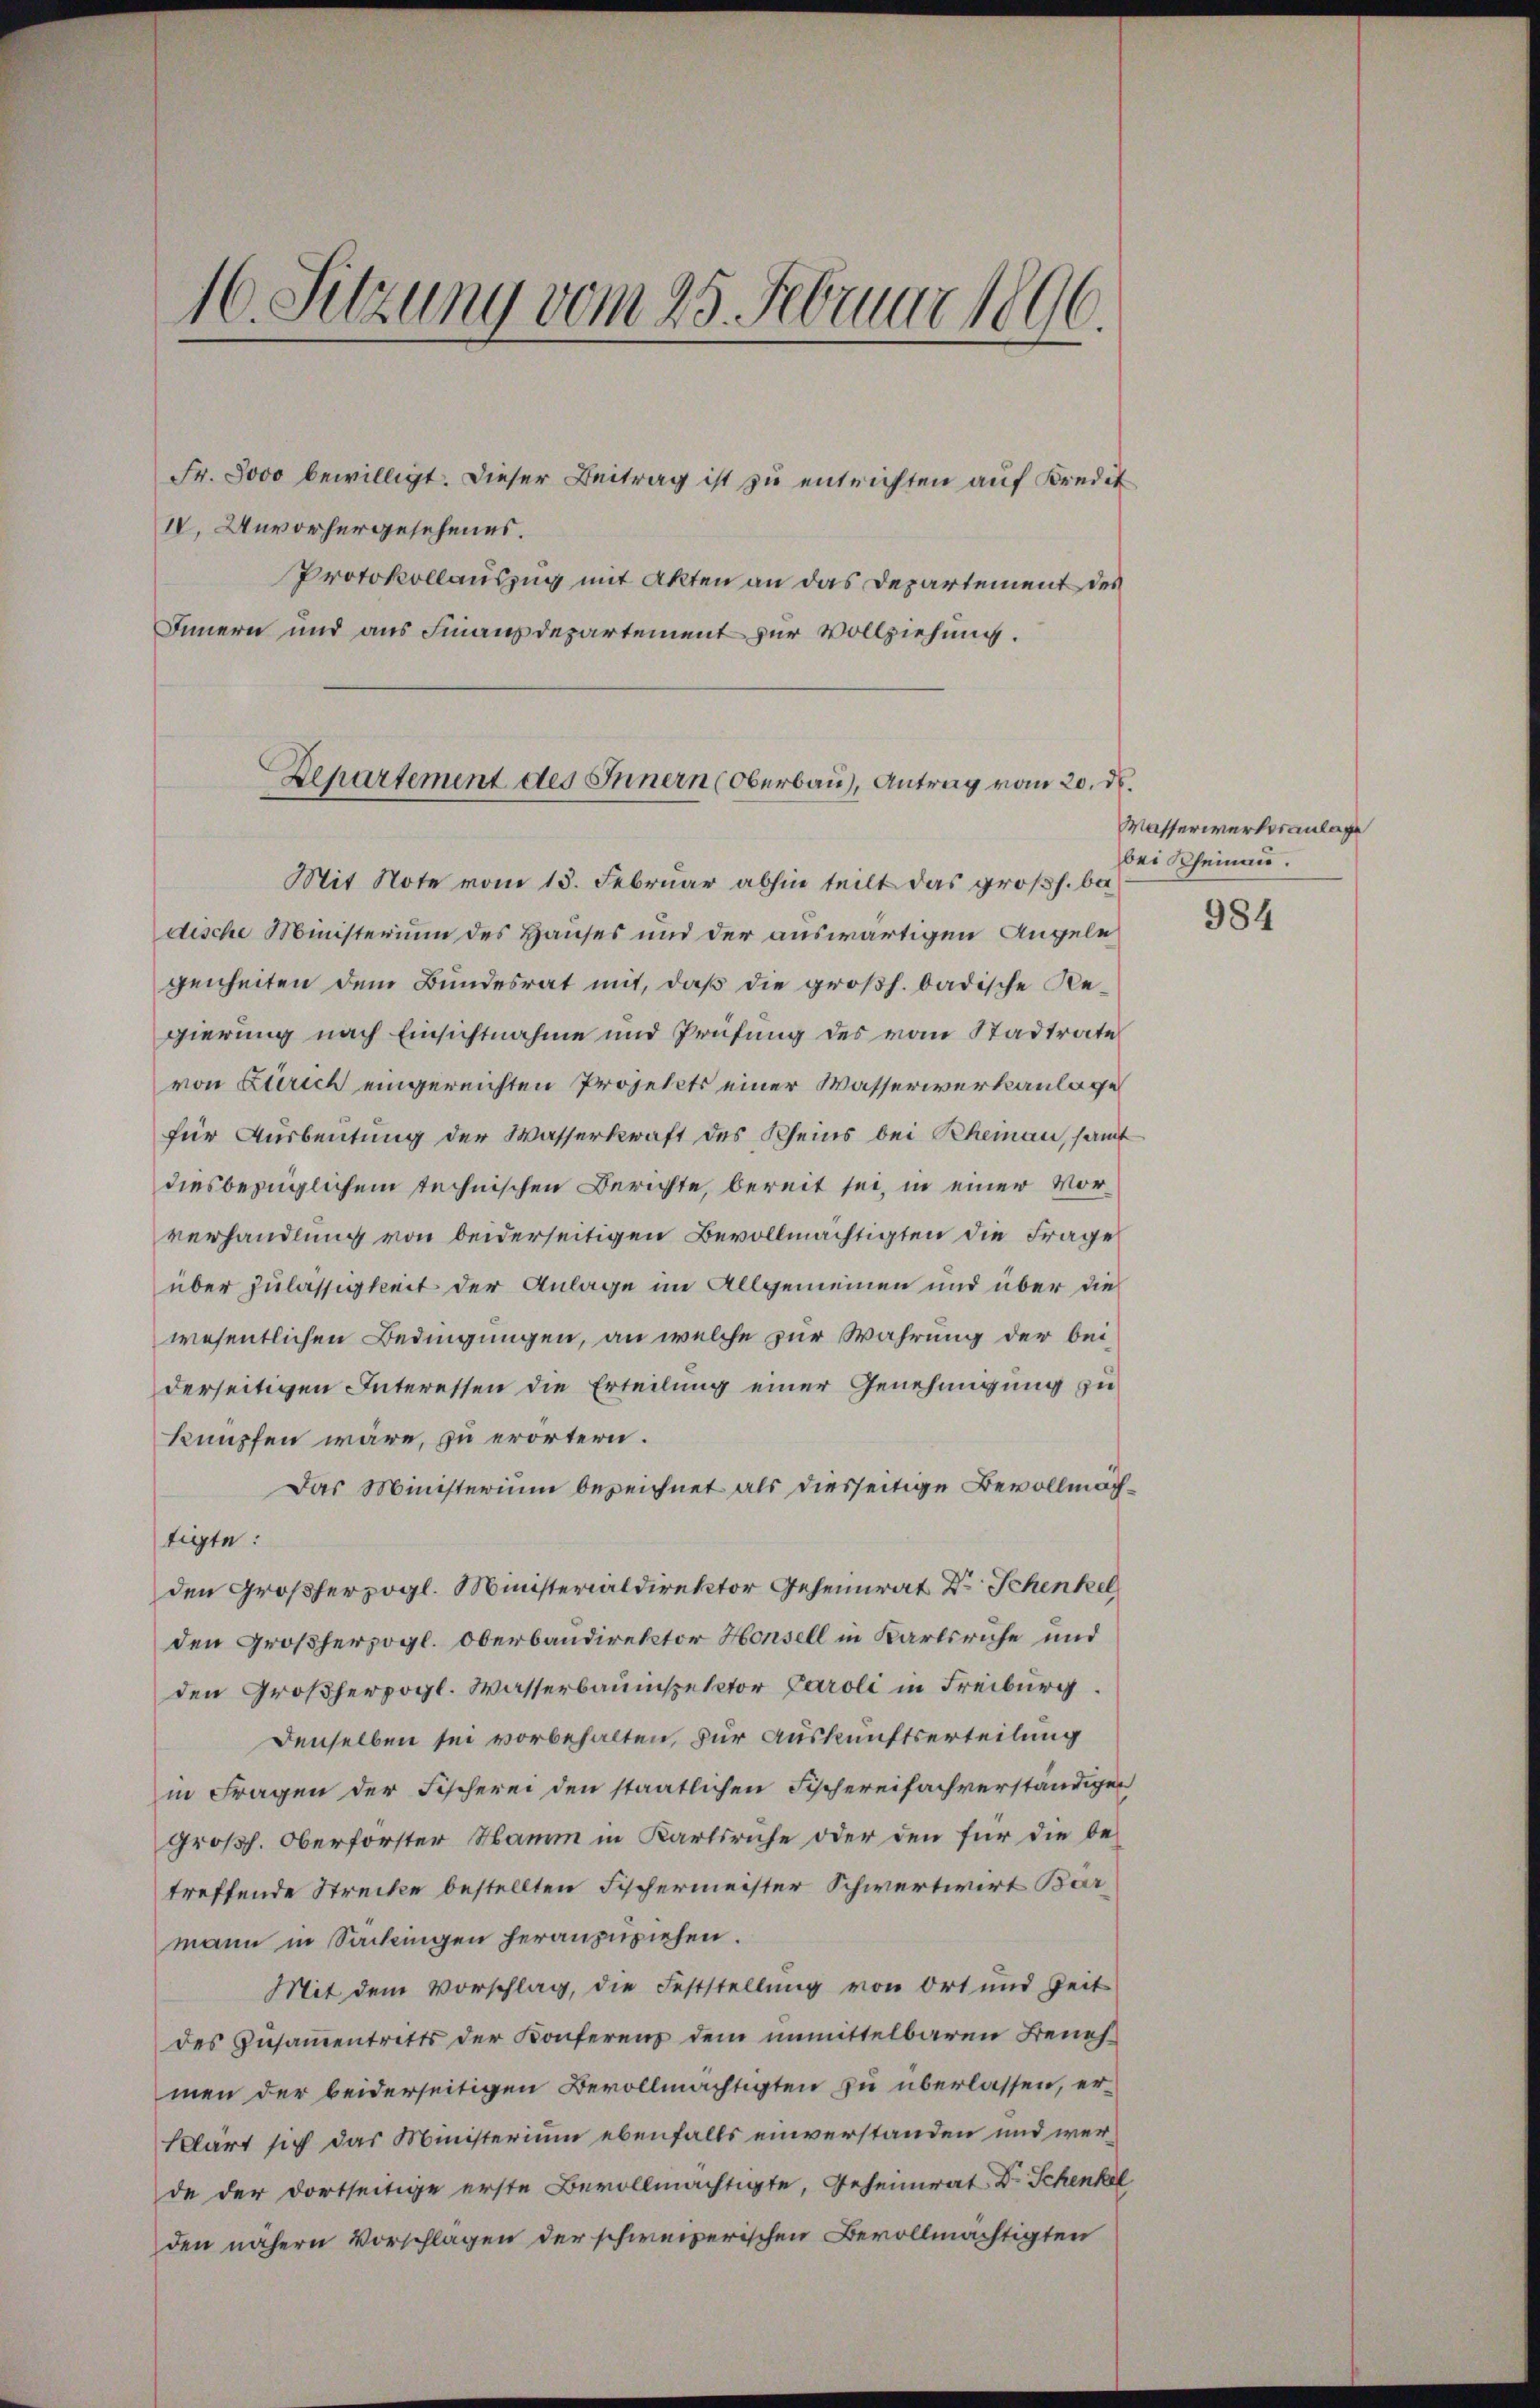
16. Sitzung vom 25. Februar 1896.

Fr. 8000 bewilligt. Dieser Beitrag ist zu entrichten auf Kredit
IV. Unvorhergesehenes.
Protokollauszug mit Akten an das Departement des
Innern und aus Finanzdepartement zur Vollziehung.

Departement des Innern (Oberbau), Antrag vom 20. d.

Mit Note vom 15. Februar abhin teilt das großh. ba
dische Ministerium des Hauses und der auswärtigen Angelegenheiten dem Bundesrat mit, daß die großh. badische Regierung nach Einsichtnahme und Prüfung des vom Stadtrate
von Zürich eingereichten Projekts einer Wasserwerkanlage
für Ausbeutung der Wasserkraft des Rheins bei Rehemann, samt
diesbezüglichem technischen Berichte, bereit sei, in einer Vorverhandlung von beiderseitigen Bevollmächtigten die Frage
über zulässigkeit der Anlage im Allgemeinen und über die
wesentlichen Bedingungen, an welche zur Wahrung der bei-
derseitigen Interessen die Erteilung einer Genehmigung zu
knüpfen wäre, zu erörtern.
Das Ministerium bezeichnet als diesseitige Bevollmachtigte:
den Großherzogl. Ministerialdirektor Geheimrat Dr Schenkel
den Großherzogl. Oberbandirektor Honsell in Karlsruhe und
den Großherzogl. Wasserbauinspektor Caroli in Freiburg.
Denselben sei vorbehalten, zur Auskunftserteilung
in Fragen der Fischerei den staatlichen Fischereifachverständigen
großh. Oberforster Namm in Karlsriche oder den für die betreffende Strecke bestellten Fischermeister Schwertwirt Bar
mann in Sachingen herauswiesen.
Mit dem Vorschlag, die Feststellung von Ort und Zeit
des Zusammentritts der Konferenz dem unmittelbaren Benehmen der beiderseitigen Bevollmächtigten zu überlassen, erklärt sich das Ministerium ebenfalls einverstanden und werde der dortseitige erste Bevollmächtigte, Geheimrat Dr. Schenkel
den nähern Vorschlagen der schweizerischen Bevollmächtigten

Wasserwerksanlage
bei Rheinau.

984